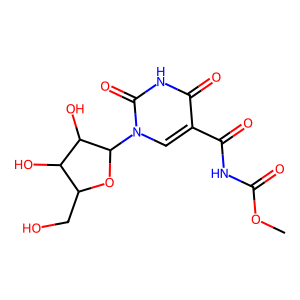
SMILES: COC(=O)NC(=O)c1cn(C2OC(CO)C(O)C2O)c(=O)[nH]c1=O
Inhibits HIV replication: No